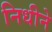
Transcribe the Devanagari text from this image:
निधीने